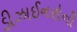
ડીઝાઈનરોની